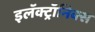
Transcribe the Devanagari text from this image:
इलॅक्ट्रॉनिक्स